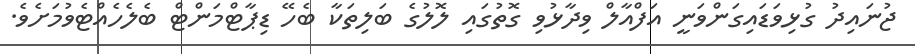
ޖުނައިދު ގުޅިވަޑައިގަންވަނީ އަފްއާލް ވިދާޅުވި ގޮތުގައި ލޮލުގެ ބަލިތަކާ ބެހޭ ޑިޕާޓްމަންޓް ބެލެހެއްޓެވުމަށެވެ.